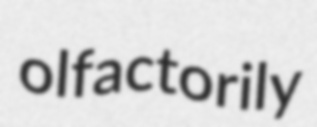
olfactorily